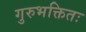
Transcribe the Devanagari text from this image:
गुरुभक्तितः